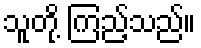
သူတို့ ကြည့်သည်။